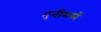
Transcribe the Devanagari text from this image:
मुनीमध्यें